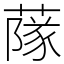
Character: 䔹